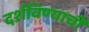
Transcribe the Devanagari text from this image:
दर्शविण्याची